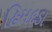
હિમદડા